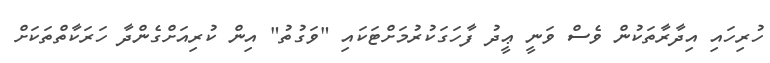
ހުރިހައި އިދާރާތަކުން ވެސް ވަނީ ޢީދު ފާހަގަކުރުމަށްޓަކައި "ވަގުތު" އިން ކުރިއަށްގެންދާ ހަރަކާތްތަކަށް